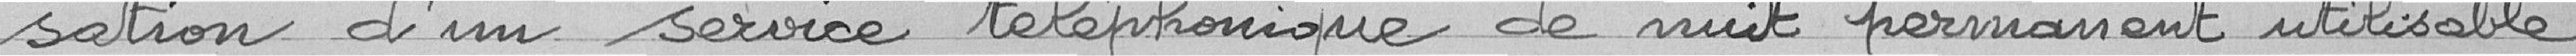
sation d'un service téléphonique de nuit permanent utilisable